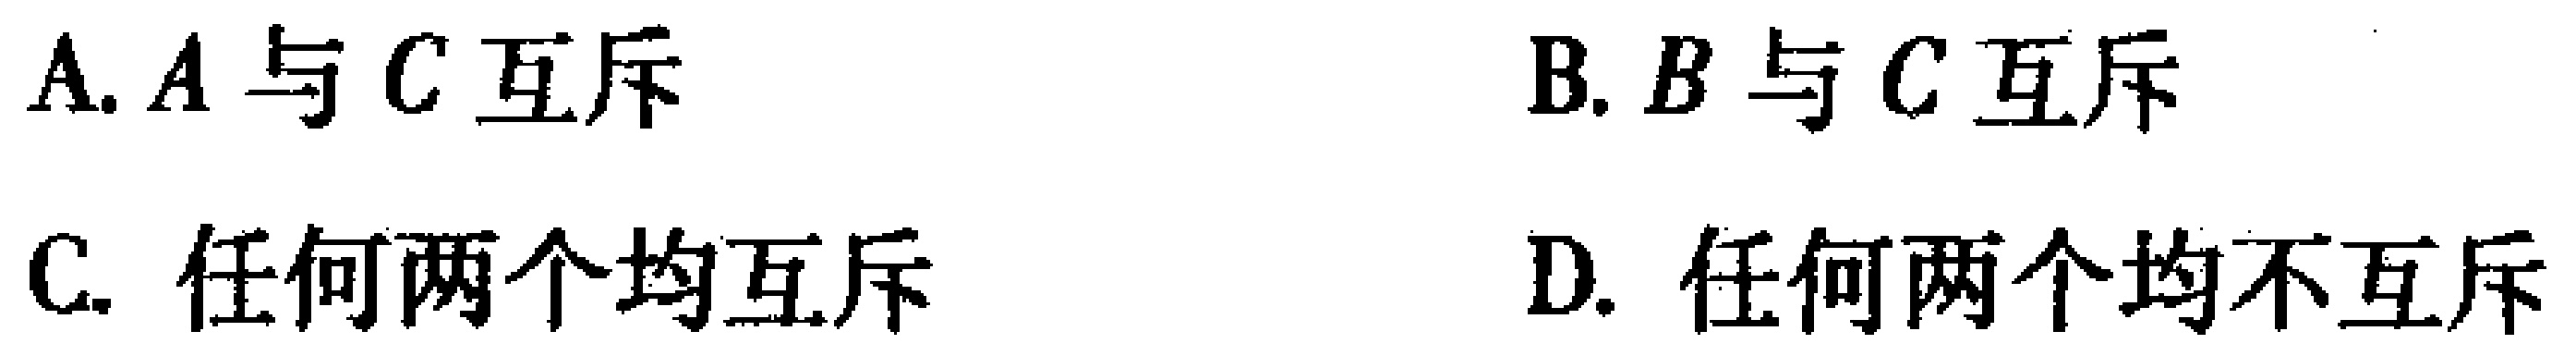
A. \(A\)与\(C\)互斥

B. \(B\)与\(C\)互斥

C. 任何两个均互斥

D. 任何两个均不互斥